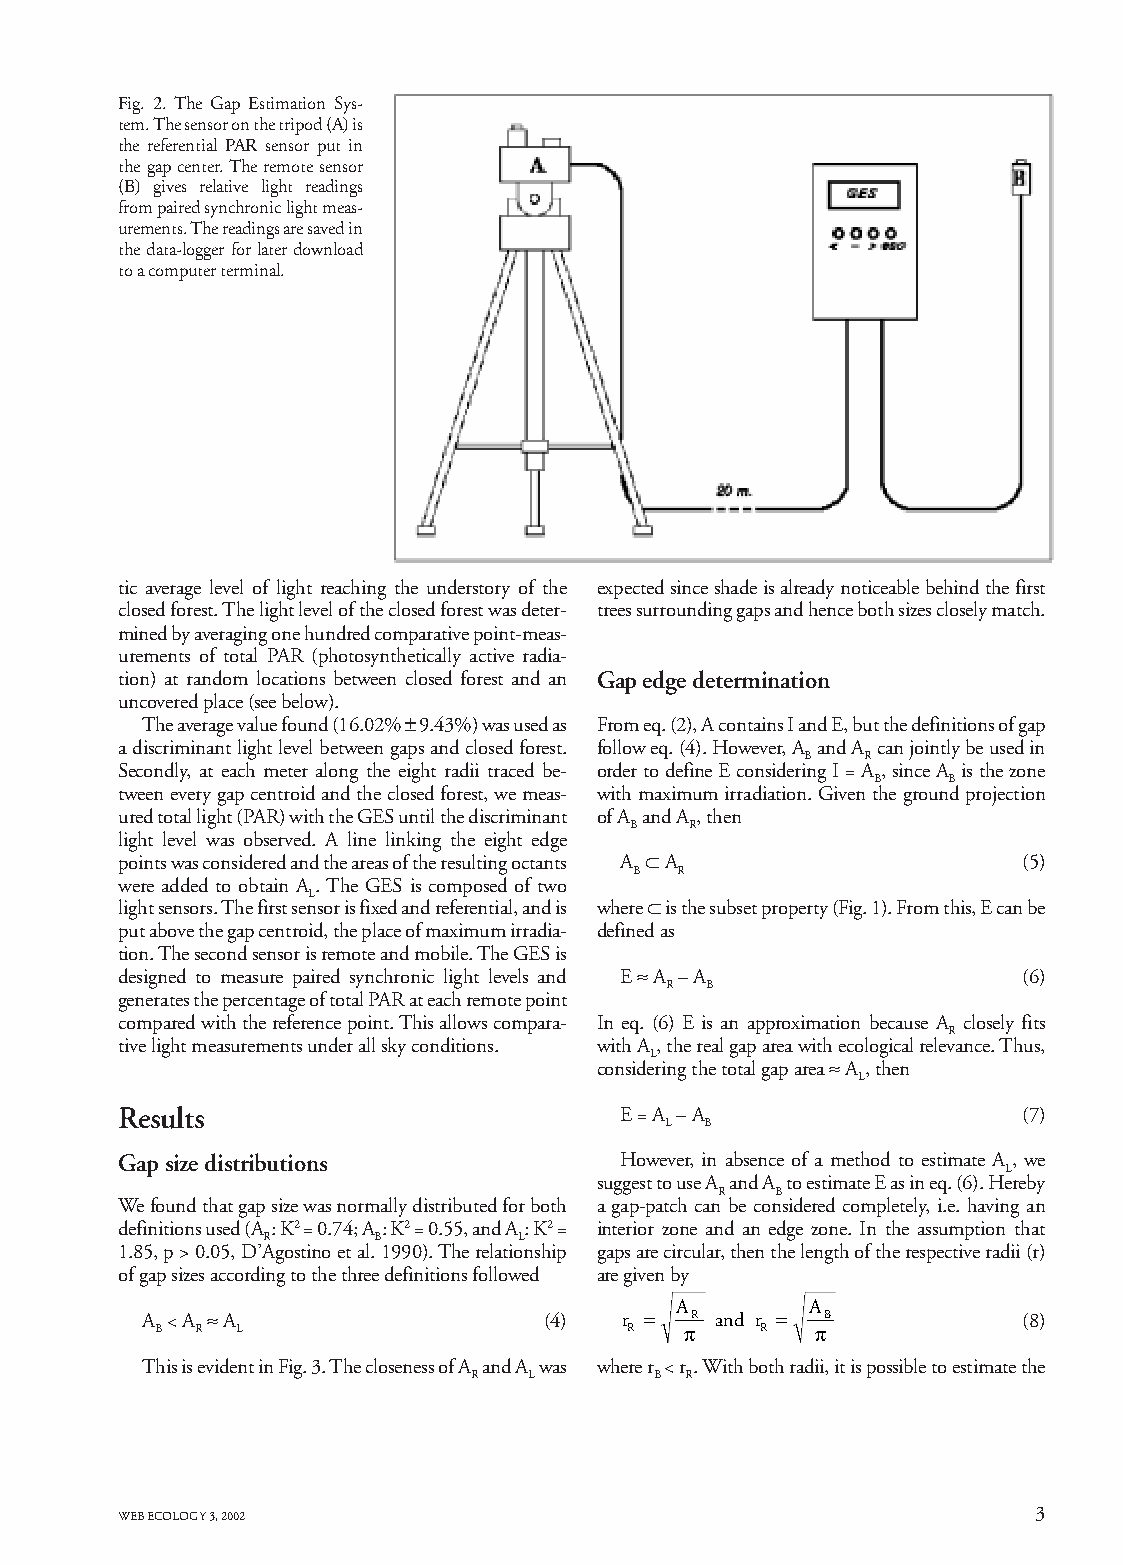
Fig. 2. The Gap Estimation Sys-
 tem. The sensor on the tripod (A) is
 the referential PAR sensor put in
 the gap center. The remote sensor
 (B) gives relative light readings
 from paired synchronic light meas-
 urements. The readings are saved in
 the data-logger for later download
 to a computer terminal.
 tic average level of light reaching the understory of the expected since shade is already noticeable behind the first
 closed forest. The light level of the closed forest was deter- trees surrounding gaps and hence both sizes closely match.
 mined by averaging one hundred comparative point-meas-
 urements of total PAR (photosynthetically active radia-
 tion) at random locations between closed forest and an Gap edge determination
 uncovered place (see below).
 The average value found (16.02% ± 9.43%) was used as From eq. (2), A contains I and E, but the definitions of gap
 a discriminant light level between gaps and closed forest. follow eq. (4). However, A and A can jointly be used in
 B   R
 Secondly, at each meter along the eight radii traced be- order to define E considering I = A , since A is the zone
 B    B
 tween every gap centroid and the closed forest, we meas- with maximum irradiation. Given the ground projection
 ured total light (PAR) with the GES until the discriminant of A and A , then
 B   R
 light level was observed. A line linking the eight edge
 points was considered and the areas of the resulting octants A ⊂ A (5)
 B  R
 were added to obtain A . The GES is composed of two
 L
 light sensors. The first sensor is fixed and referential, and is where ⊂ is the subset property (Fig. 1). From this, E can be
 put above the gap centroid, the place of maximum irradia- defined as
 tion. The second sensor is remote and mobile. The GES is
 designed to measure paired synchronic light levels and E ≈ A – A (6)
 R  B
 generates the percentage of total PAR at each remote point
 compared with the reference point. This allows compara- In eq. (6) E is an approximation because A closely fits
 R
 tive light measurements under all sky conditions. with A, the real gap area with ecological relevance. Thus,
 L
 considering the total gap area ≈ A , then
 L
 Results                          E = A – A                  (7)
 L  B
 Gap size distributions           However, in absence of a method to estimate A, we
 L
 suggest to use A and A to estimate E as in eq. (6). Hereby
 R  B
 We found that gap size was normally distributed for both a gap-patch can be considered completely, i.e. having an
 definitions used (A : K2 = 0.74; A : K2 = 0.55, and A : K2 = interior zone and an edge zone. In the assumption that
 R       B        L
 1.85, p > 0.05, D’Agostino et al. 1990). The relationship gaps are circular, then the length of the respective radii (r)
 of gap sizes according to the three definitions followed are given by
 A        A
 A < A ≈ A                  (4)  r =  R and r = B           (8)
 B  R  L                         R  π    R   π
 This is evident in Fig. 3. The closeness of A and A was where r < r . With both radii, it is possible to estimate the
 R   L       B R
 3
 WEB ECOLOGY 3, 2002